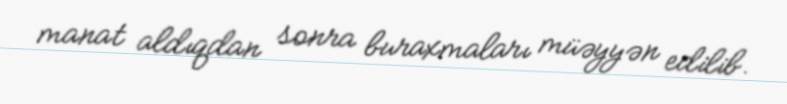
manat aldıqdan sonra buraxmaları müəyyən edilib.